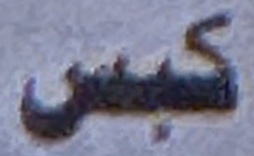
كبس